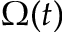
\Omega ( t )